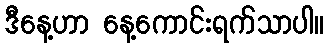
ဒီနေ့ဟာ နေ့ကောင်းရက်သာပါ။